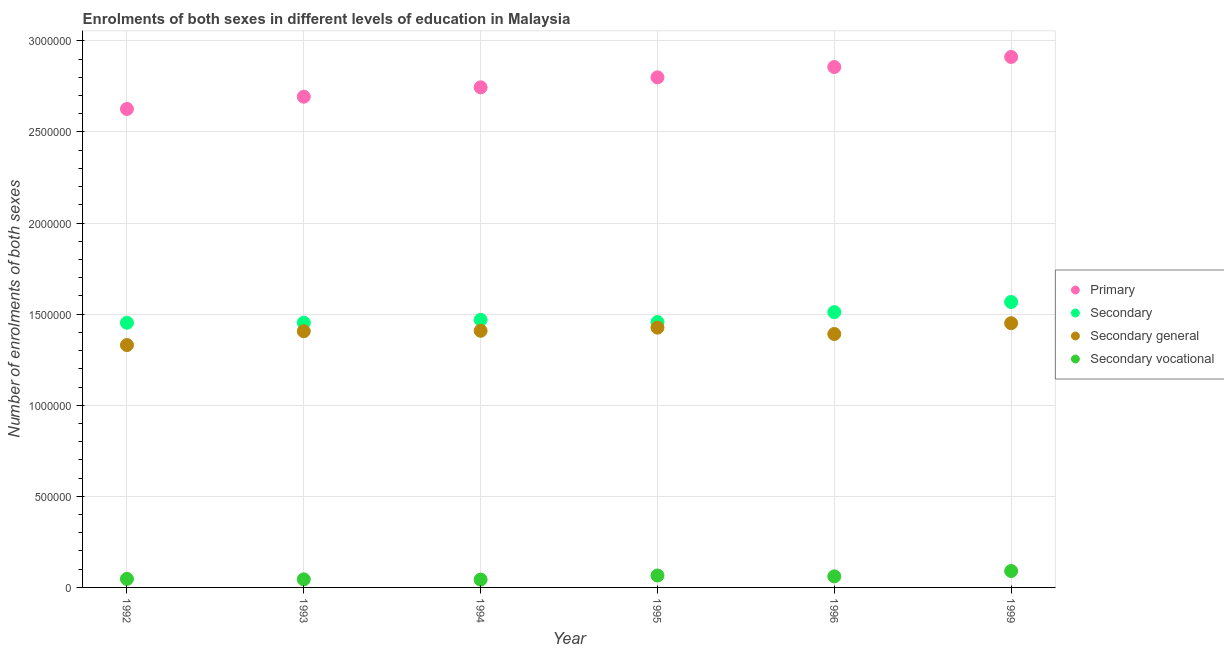
| Year | Primary | Secondary | Secondary general | Secondary vocational |
 | --- | --- | --- | --- | --- |
 | 1992 | 2.63e+06 | 1.45e+06 | 1.33e+06 | 4.67e+04 |
 | 1993 | 2.69e+06 | 1.45e+06 | 1.41e+06 | 4.43e+04 |
 | 1994 | 2.74e+06 | 1.47e+06 | 1.41e+06 | 4.29e+04 |
 | 1995 | 2.8e+06 | 1.46e+06 | 1.43e+06 | 6.55e+04 |
 | 1996 | 2.86e+06 | 1.51e+06 | 1.39e+06 | 6.08e+04 |
 | 1999 | 2.91e+06 | 1.57e+06 | 1.45e+06 | 9.01e+04 |